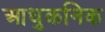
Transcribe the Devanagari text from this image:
आधुकनिक